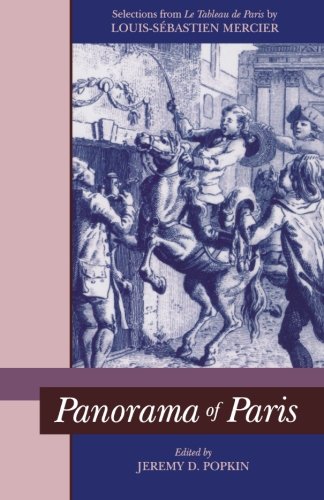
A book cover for Panorama of Paris: Selections from "Tableau de Paris"; Travel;